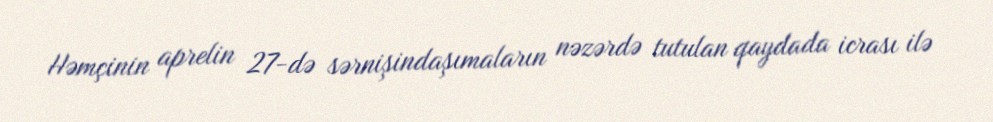
Həmçinin aprelin 27-də sərnişindaşımaların nəzərdə tutulan qaydada icrası ilə